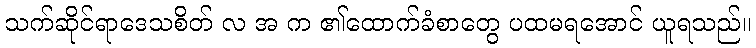
သက်ဆိုင်ရာဒေသစိတ် လ အ က ၏ထောက်ခံစာတွေ ပထမရအောင် ယူရသည်။